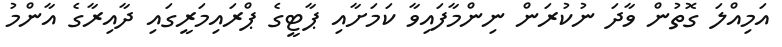
އަމިއްލަ ގޮތުން ވާދަ ނުކުރަން ނިންމާފައިވާ ކަމަށާއި ޕާޓީގެ ޕްރައިމަރީގައި ދާއިރާގެ އާންމު